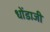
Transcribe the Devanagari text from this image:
धोंडाजी